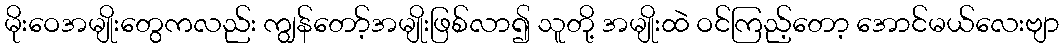
မိုးဝေအမျိုးတွေကလည်း ကျွန်တော့်အမျိုးဖြစ်လာ၍ သူတို့ အမျိုးထဲ ဝင်ကြည့်တော့ အောင်မယ်လေးဗျာ